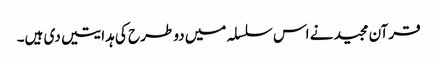
قرآن مجید نے اس سلسلہ میں دو طرح کی ہدایتیں دی ہیں۔